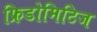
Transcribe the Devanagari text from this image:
फ्रिडोमिटिज